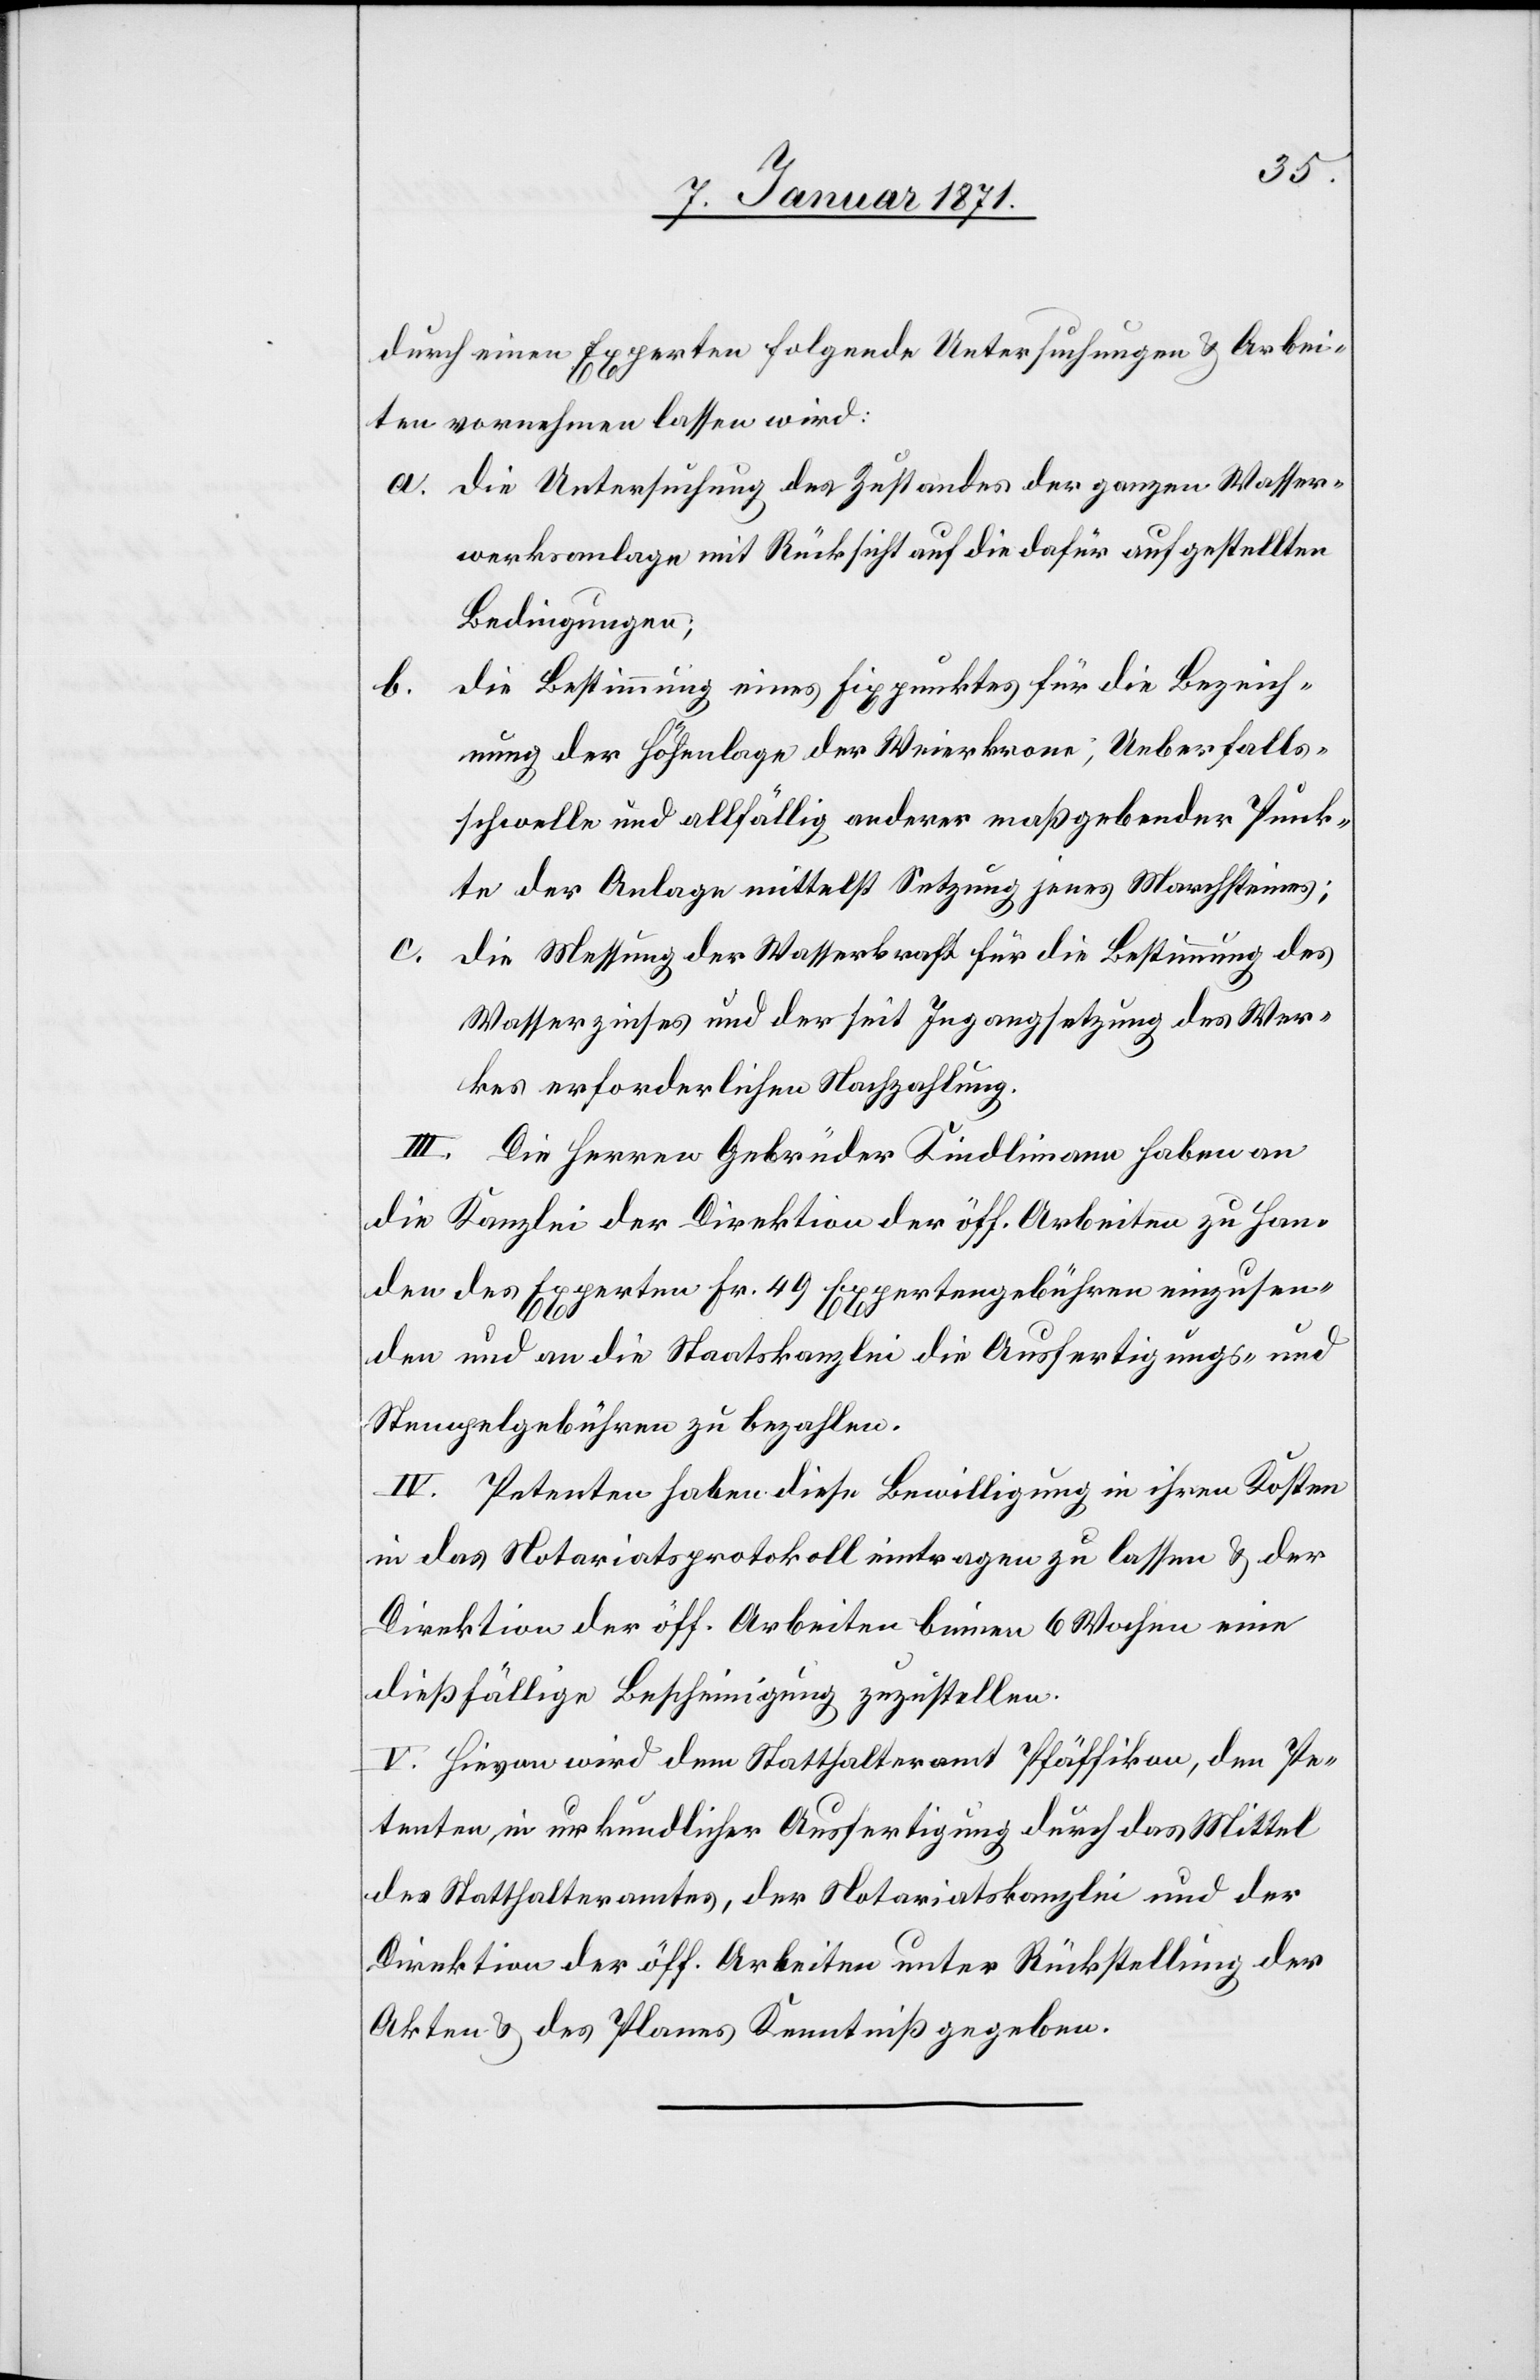
durch einen Experten folgende Untersuchungen u. Arbei¬
ten vornehmen lassen wird:
a. die Untersuchung des Zustandes der ganzen Wasser¬
werksanlage mit Rücksicht auf die dafür aufgestellten
Bedingungen;
die Bestimmung eines Fixpunktes für die Bezeich¬
nung der Höhenlage der Weierkrone; Ueberfalls¬
schwelle und allfällig anderer maßgebender Punk¬
te der Anlage mittelst Setzung jenes Marchsteines;
c.
die Messung der Wasserkraft für die Bestimmung des
Wasserzinses und der seit Ingangsetzung des Wer¬
kes erforderlichen Nachzahlung.
III. Die Herren Gebrüder Kindlimann haben an
die Kanzlei der Direktion der öff. Arbeiten zu Han¬
den des Experten Fr. 49 Expertengebühren einzusen¬
den und an die Staatskanzlei die Ausfertigungs- und
Stempelgebühren zu bezahlen.
IV. Petenten haben diese Bewilligung in ihren Kosten
in das Notariatsprotokoll eintragen zu lassen u. der
Direktion der öff. Arbeiten binnen 6 Wochen eine
dießfällige Bescheinigung zuzustellen.
V. Hievon wird dem Statthalteramt Pfäffikon, den Pe¬
tenten in urkundlicher Ausfertigung durch das Mittel
des Statthalteramtes, der Notariatskanzlei und der
Direktion der öff. Arbeiten unter Rückstellung der
Akten u. des Planes Kenntniß gegeben.